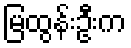
မြထွန်းဦးက